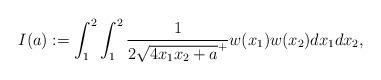
LaTeX: \begin{align*}I(a):=\int_{1}^2\int_{1}^2 \frac{1}{2\sqrt{4x_1x_2+a}^{+}} w(x_1)w(x_2) dx_1 dx_2,\end{align*}